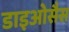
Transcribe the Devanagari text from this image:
डाइओसैस